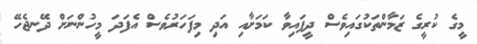
މީގެ ކުރީގެ ޒަމާންތަކުގައިވެސް ދީފައިވާ ކަމަށާއި އަދި މިފަހަރުވެސް އެފަދަ މީހުންނަށް ދޭނޖެހޭ